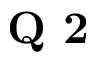
\textbf { Q 2 }